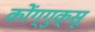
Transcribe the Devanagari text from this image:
कोंग्गुक्सू